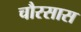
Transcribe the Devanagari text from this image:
चौरसास